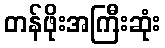
တန်ဖိုးအကြီးဆုံး